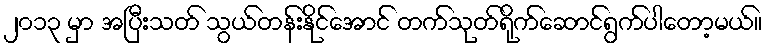
၂၀၁၃ မှာ အပြီးသတ် သွယ်တန်းနိုင်အောင် တက်သုတ်ရိုက်ဆောင်ရွက်ပါတော့မယ်။